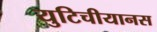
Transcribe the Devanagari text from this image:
युटिचीयानस